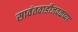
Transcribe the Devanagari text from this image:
सावंतवाडीजवळच्या